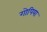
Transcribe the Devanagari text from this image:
गोपिया